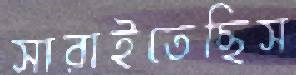
সারাইতেছিস